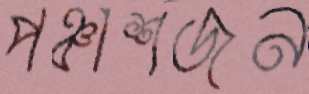
পঞ্চাশজন